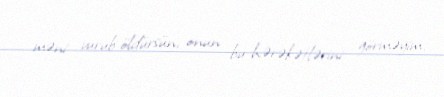
məni vurub öldürsün, onun bu hərəkətlərini görməyim.